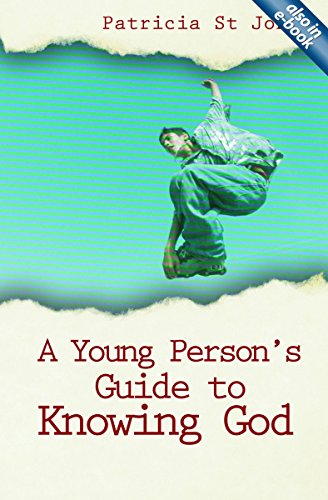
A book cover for A Young Person's Guide to Knowing God; Patricia St. John; Teen & Young Adult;